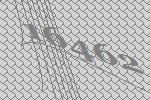
16462